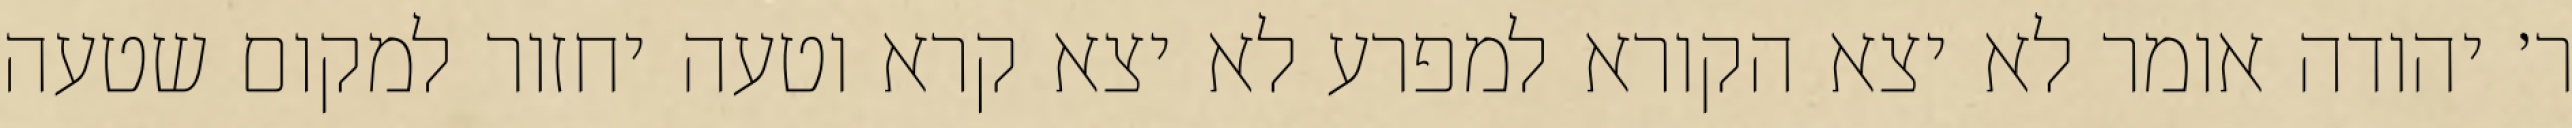
ר׳ יהודה אומר לא יצא הקורא למפרע לא יצא קרא וטעה יחזור למקום שטעה